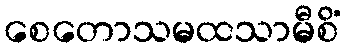
စေတောသမထသာမီစိံ